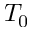
T _ { 0 }